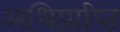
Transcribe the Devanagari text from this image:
अधिप्राप्‍ति